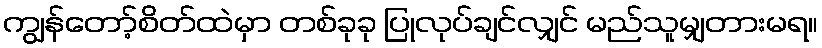
ကျွန်တော့်စိတ်ထဲမှာ တစ်ခုခု ပြုလုပ်ချင်လျှင် မည်သူမျှတားမရ။